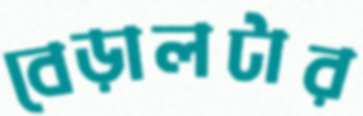
বেড়ালটার